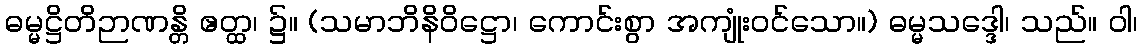
ဓမ္မဋ္ဌိတိဉာဏန္တိ ဧတ္ထ၊ ၌။ (သမာဘိနိဝိဋ္ဌော၊ ကောင်းစွာ အကျုံးဝင်သော။) ဓမ္မသဒ္ဒေါ၊ သည်။ ဝါ၊